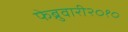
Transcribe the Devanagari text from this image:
फेब्रुवारी२०१०